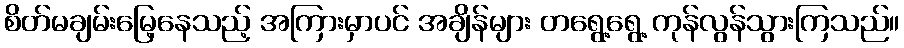
စိတ်မချမ်းမြေ့နေသည့် အကြားမှာပင် အချိန်များ တရွေ့ရွေ့ ကုန်လွန်သွားကြသည်။